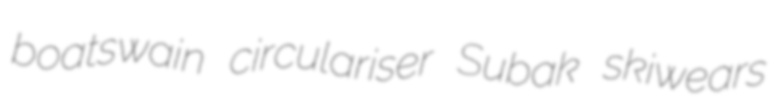
boatswain circulariser Subak skiwears